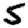
Digit: 5